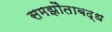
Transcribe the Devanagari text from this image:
समझौताबद्ध